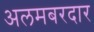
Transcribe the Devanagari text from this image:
अलमबरदार